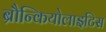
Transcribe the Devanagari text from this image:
ब्रौन्कियोलाइटिस